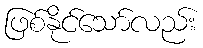
ဖြစ်နိုင်သော်လည်း